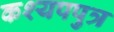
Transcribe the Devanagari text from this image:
कश्यपपुत्र